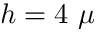
h = 4 ~ \mu